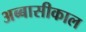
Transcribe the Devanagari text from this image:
अब्बासीकाल